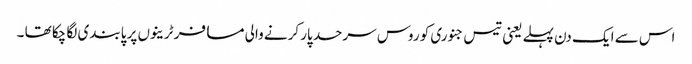
اس سے ایک دن پہلے یعنی تیس جنوری کو روس سرحد پار کرنے والی مسافر ٹرینوں پر پابندی لگا چکا تھا ۔